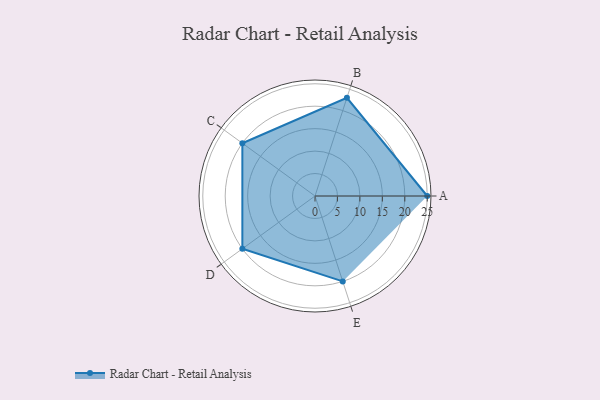
{"axis": {"x": "Skill", "y": "Score"}, "legend": ["Profile"], "data": [{"x": "A", "y": 25.0, "type": "Profile"}, {"x": "B", "y": 23.0, "type": "Profile"}, {"x": "C", "y": 20.0, "type": "Profile"}, {"x": "D", "y": 20, "type": "Profile"}, {"x": "E", "y": 20, "type": "Profile"}]}